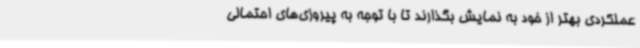
عملکردی بهتر از خود به نمایش بگذارند تا با توجه به پیروزی‌های احتمالی